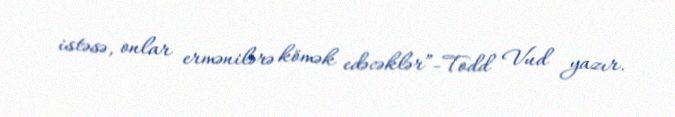
istəsə, onlar ermənilərə kömək edəcəklər”-Todd Vud yazır.